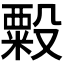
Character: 𬖫